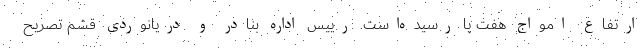
ارتفاع امواج هفت پا رسیده‌است. رییس اداره بنادر و دریانوردی قشم تصریح